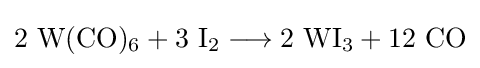
\mathrm {2\ W(CO)_{6}+3\ I_{2}\longrightarrow 2\ WI_{3}+12\ CO}